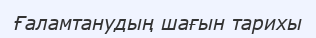
Ғаламтанудың шағын тарихы